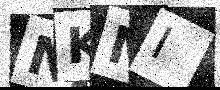
Text: NKMI